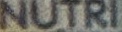
NUTRI